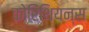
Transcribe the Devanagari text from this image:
कोरिंथियन्स